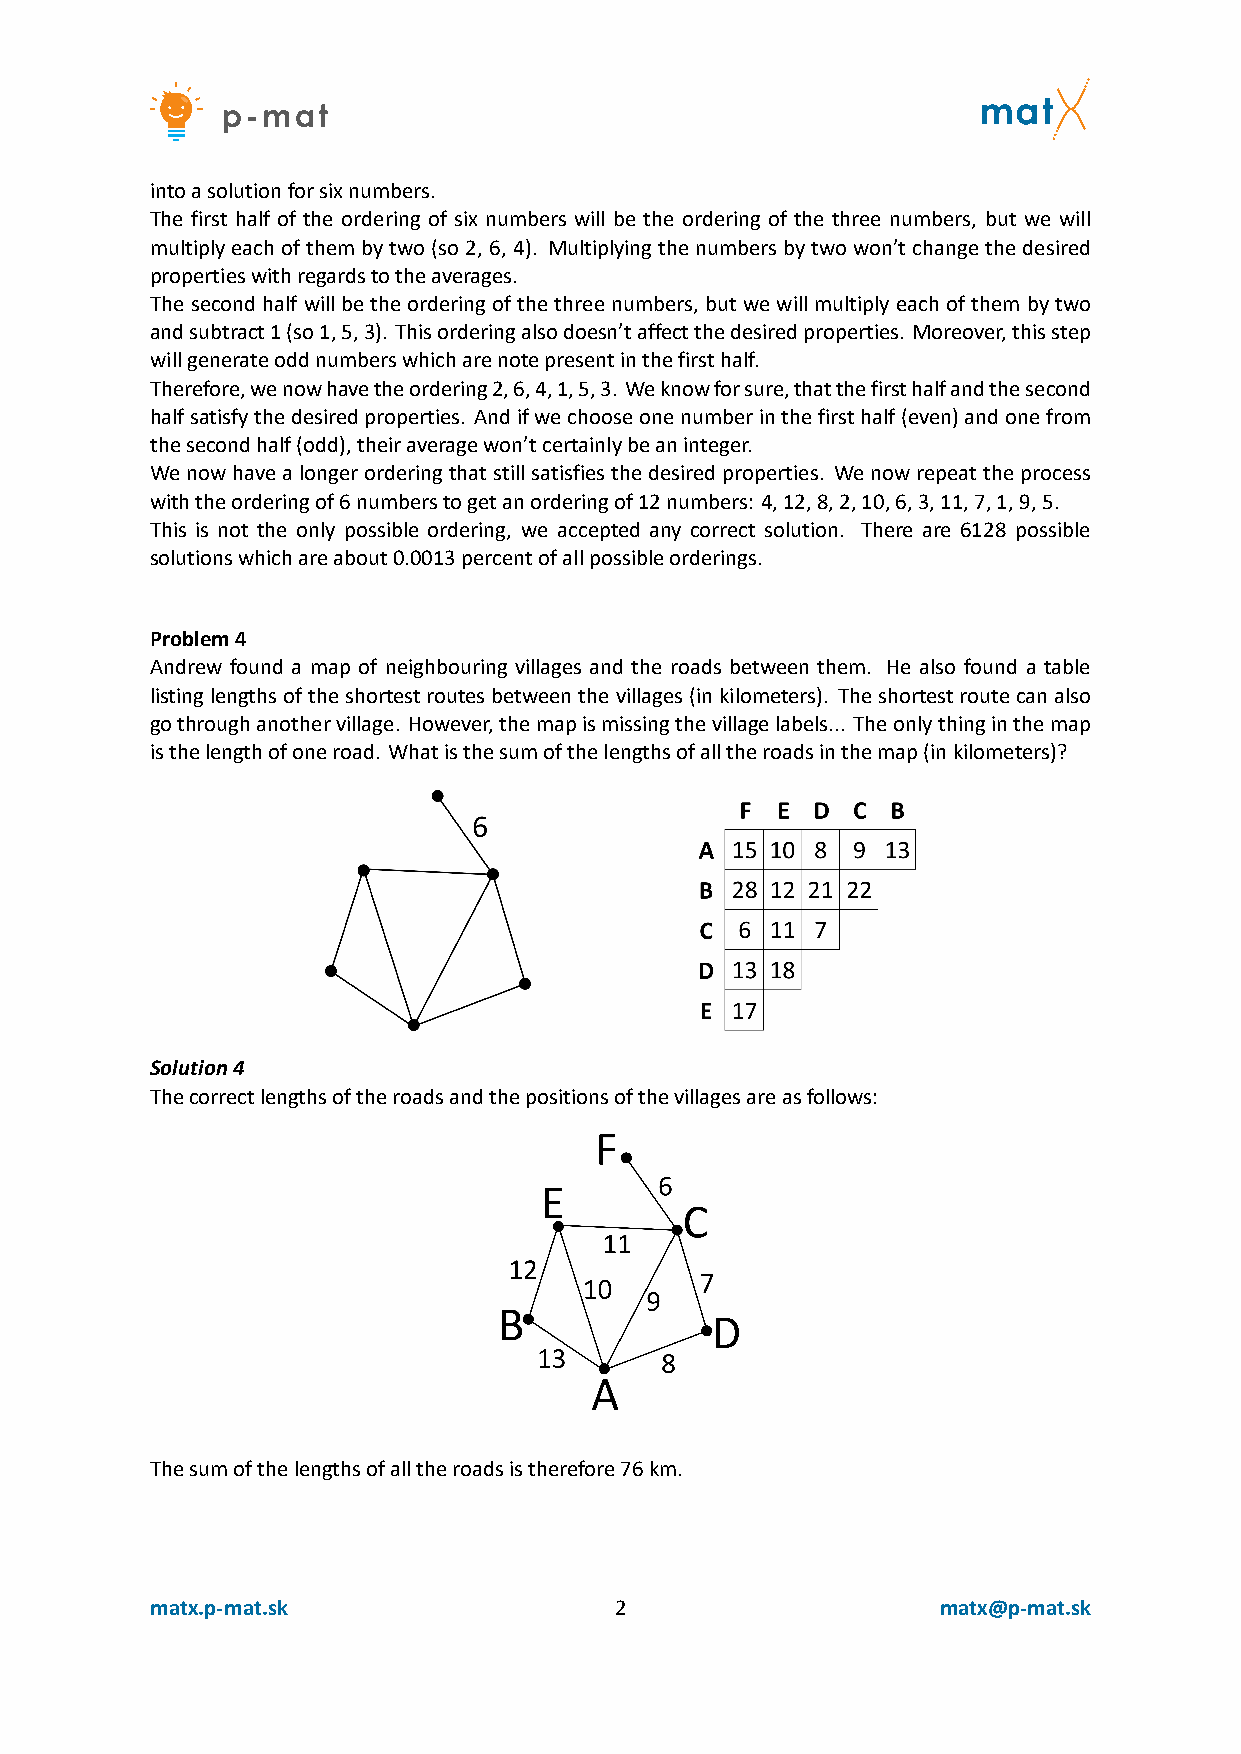
intoasolutionforsixnumbers.
 The first half of the ordering of six numbers will be the ordering of the three numbers, but we will
 multiplyeachofthembytwo(so2, 6, 4). Multiplyingthenumbersbytwowon’tchangethedesired
 propertieswithregardstotheaverages.
 Thesecondhalfwillbetheorderingofthethreenumbers, butwewillmultiplyeachofthembytwo
 andsubtract1(so1,5,3). Thisorderingalsodoesn’taffectthedesiredproperties. Moreover,thisstep
 willgenerateoddnumberswhicharenotepresentinthefirsthalf.
 Therefore,wenowhavetheordering2,6,4,1,5,3. Weknowforsure,thatthefirsthalfandthesecond
 halfsatisfythedesiredproperties. Andifwechooseonenumberinthefirsthalf(even)andonefrom
 thesecondhalf(odd),theiraveragewon’tcertainlybeaninteger.
 Wenowhavealongerorderingthatstillsatisfiesthedesiredproperties. Wenowrepeattheprocess
 withtheorderingof6numberstogetanorderingof12numbers: 4,12,8,2,10,6,3,11,7,1,9,5.
 This is not the only possible ordering, we accepted any correct solution. There are 6128 possible
 solutionswhichareabout0.0013percentofallpossibleorderings.
 Problem4
 Andrew found a map of neighbouring villages and the roads between them. He also found a table
 listinglengthsoftheshortestroutesbetweenthevillages(inkilometers). Theshortestroutecanalso
 gothroughanothervillage. However,themapismissingthevillagelabels... Theonlythinginthemap
 isthelengthofoneroad. Whatisthesumofthelengthsofalltheroadsinthemap(inkilometers)?
 Solution4
 Thecorrectlengthsoftheroadsandthepositionsofthevillagesareasfollows:
 Thesumofthelengthsofalltheroadsistherefore76km.
 matx.p‐mat.sk                  2                    matx@p‐mat.sk